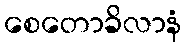
စေတောခိလာနံ